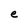
Character: e